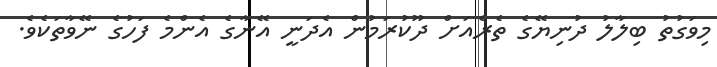
މިވަގުތު ބިލާލު ދުނިޔޭގެ ތެރެއަށް ދޫކުރަމުން އެދަނީ އޭނާގެ އެންމެ ފަހުގެ ނޭވާތަކެވެ.